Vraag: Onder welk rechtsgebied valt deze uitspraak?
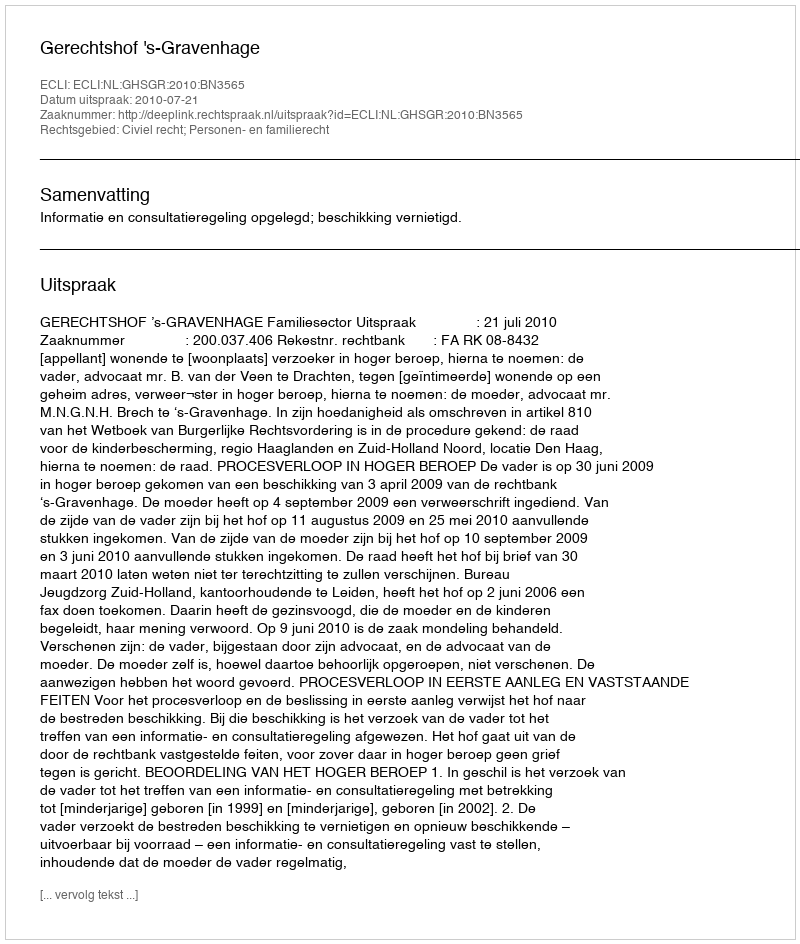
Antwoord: Civiel recht; Personen- en familierecht